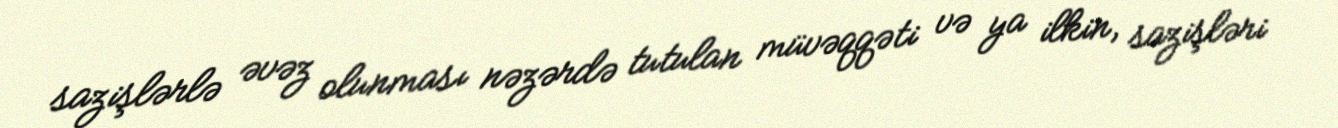
sazişlərlə əvəz olunması nəzərdə tutulan müvəqqəti və ya ilkin, sazişləri